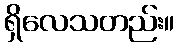
ရှိလေသတည်း။